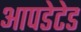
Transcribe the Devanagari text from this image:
आपडेटेड